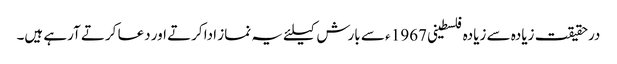
درحقیقت زیادہ سے زیادہ فلسطینی 1967 ء سے بارش کیلئے یہ نماز ادا کرتے اور دعا کرتے آرہے ہیں۔